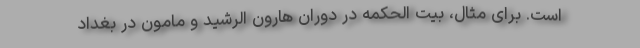
است. برای مثال، بیت الحکمه در دوران هارون الرشید و مامون در بغداد